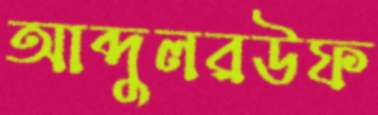
আব্দুলরউফ